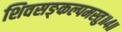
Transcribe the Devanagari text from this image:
शिवसङ्कल्पमस्तु॥४॥